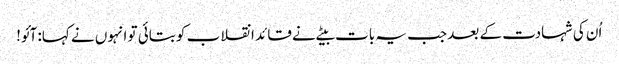
اُن کی شہادت کے بعد جب یہ بات بیٹے نے قائد انقلاب کو بتائی تو انہوں نے کہا: آئو!